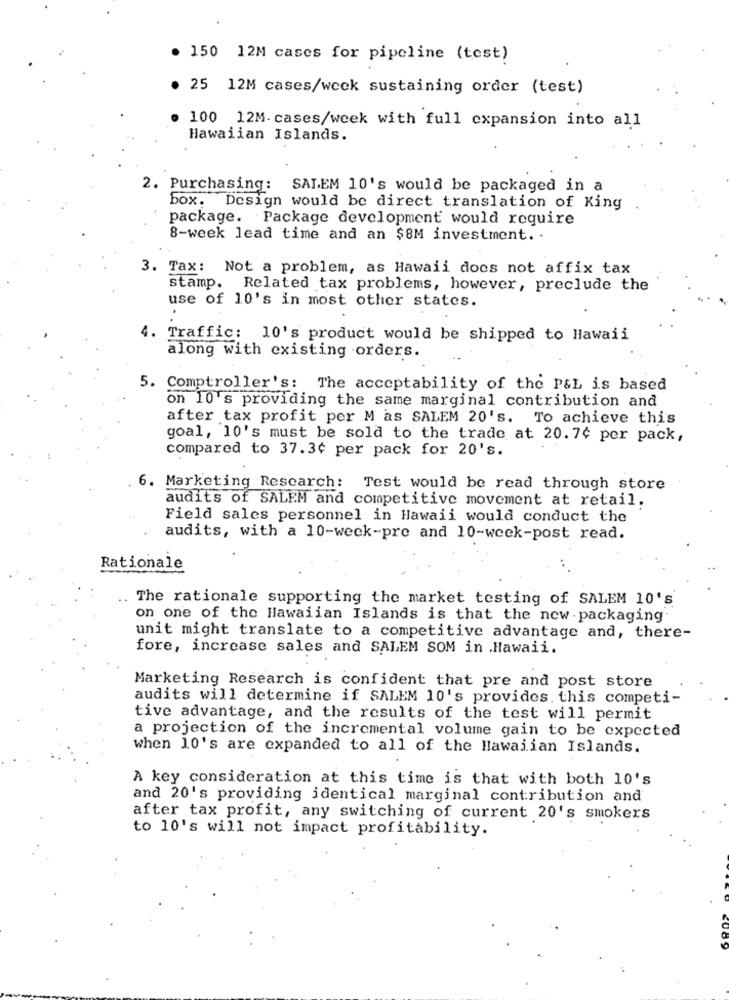
. 150 12M cases for pipeline (test)
. 25 12M cases/weck sustaining order (test)
100 12M. cases/week with full expansion into all
Hawaiian Islands.
2. Purchasing: SALEM 10's would be packaged in a
box. Design would be direct translation of King
package. Package development would require
8-week lead time and an $8M investment. .
3. Tax:
Not a problem, as Hawaii does not affix tax
stamp. Related tax problems, however, preclude the
use of 10's in most other states.
4. Traffic: 10's product would be shipped to Hawaii
along with existing orders.
5. Comptroller's: The acceptability of the P&L is based
on 10's providing the same marginal contribution and
after tax profit per M as SALEM 20's. To achieve this
goal, 10's must be sold to the trade at 20.7¢ per pack,
compared to 37.3¢ per pack for 20's.
6. Marketing Research: Test would be read through store
audits of SALEM and competitive movement at retail.
Field sales personnel in Hawaii would conduct the
audits, with a 10-week-pre and 10-week-post read.
Rationale
..
The rationale supporting the market testing of SALEM 10'S
on one of the Hawaiian Islands is that the new . packaging
unit might translate to a competitive advantage and, there-
fore, increase sales and SALEM SOM in Hawaii.
Marketing Research is confident that pre and post store
audits will determine if SALEM 10's provides. this competi-
tive advantage, and the results of the test will permit
a projection of the incremental volume gain to be expected
when 10's are expanded to all of the Hawaiian Islands.
A key consideration at this time is that with both 10's
and 20's providing identical marginal contribution and
after tax profit, any switching of current 20's smokers
to 10's will not impact profitability.